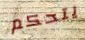
يتحكم